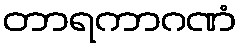
တာရကာဂဏံ